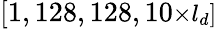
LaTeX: [1,128,128,10\small{\times}l_{d}]